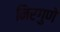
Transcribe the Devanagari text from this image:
निरगुणे